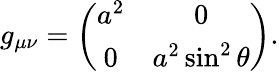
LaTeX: \begin{array}{r}{g_{\mu\nu}=\left(\begin{array}{cc}{a^{2}}&{0}\\ {0}&{a^{2}\sin^{2}\theta}\end{array}\right).}\end{array}